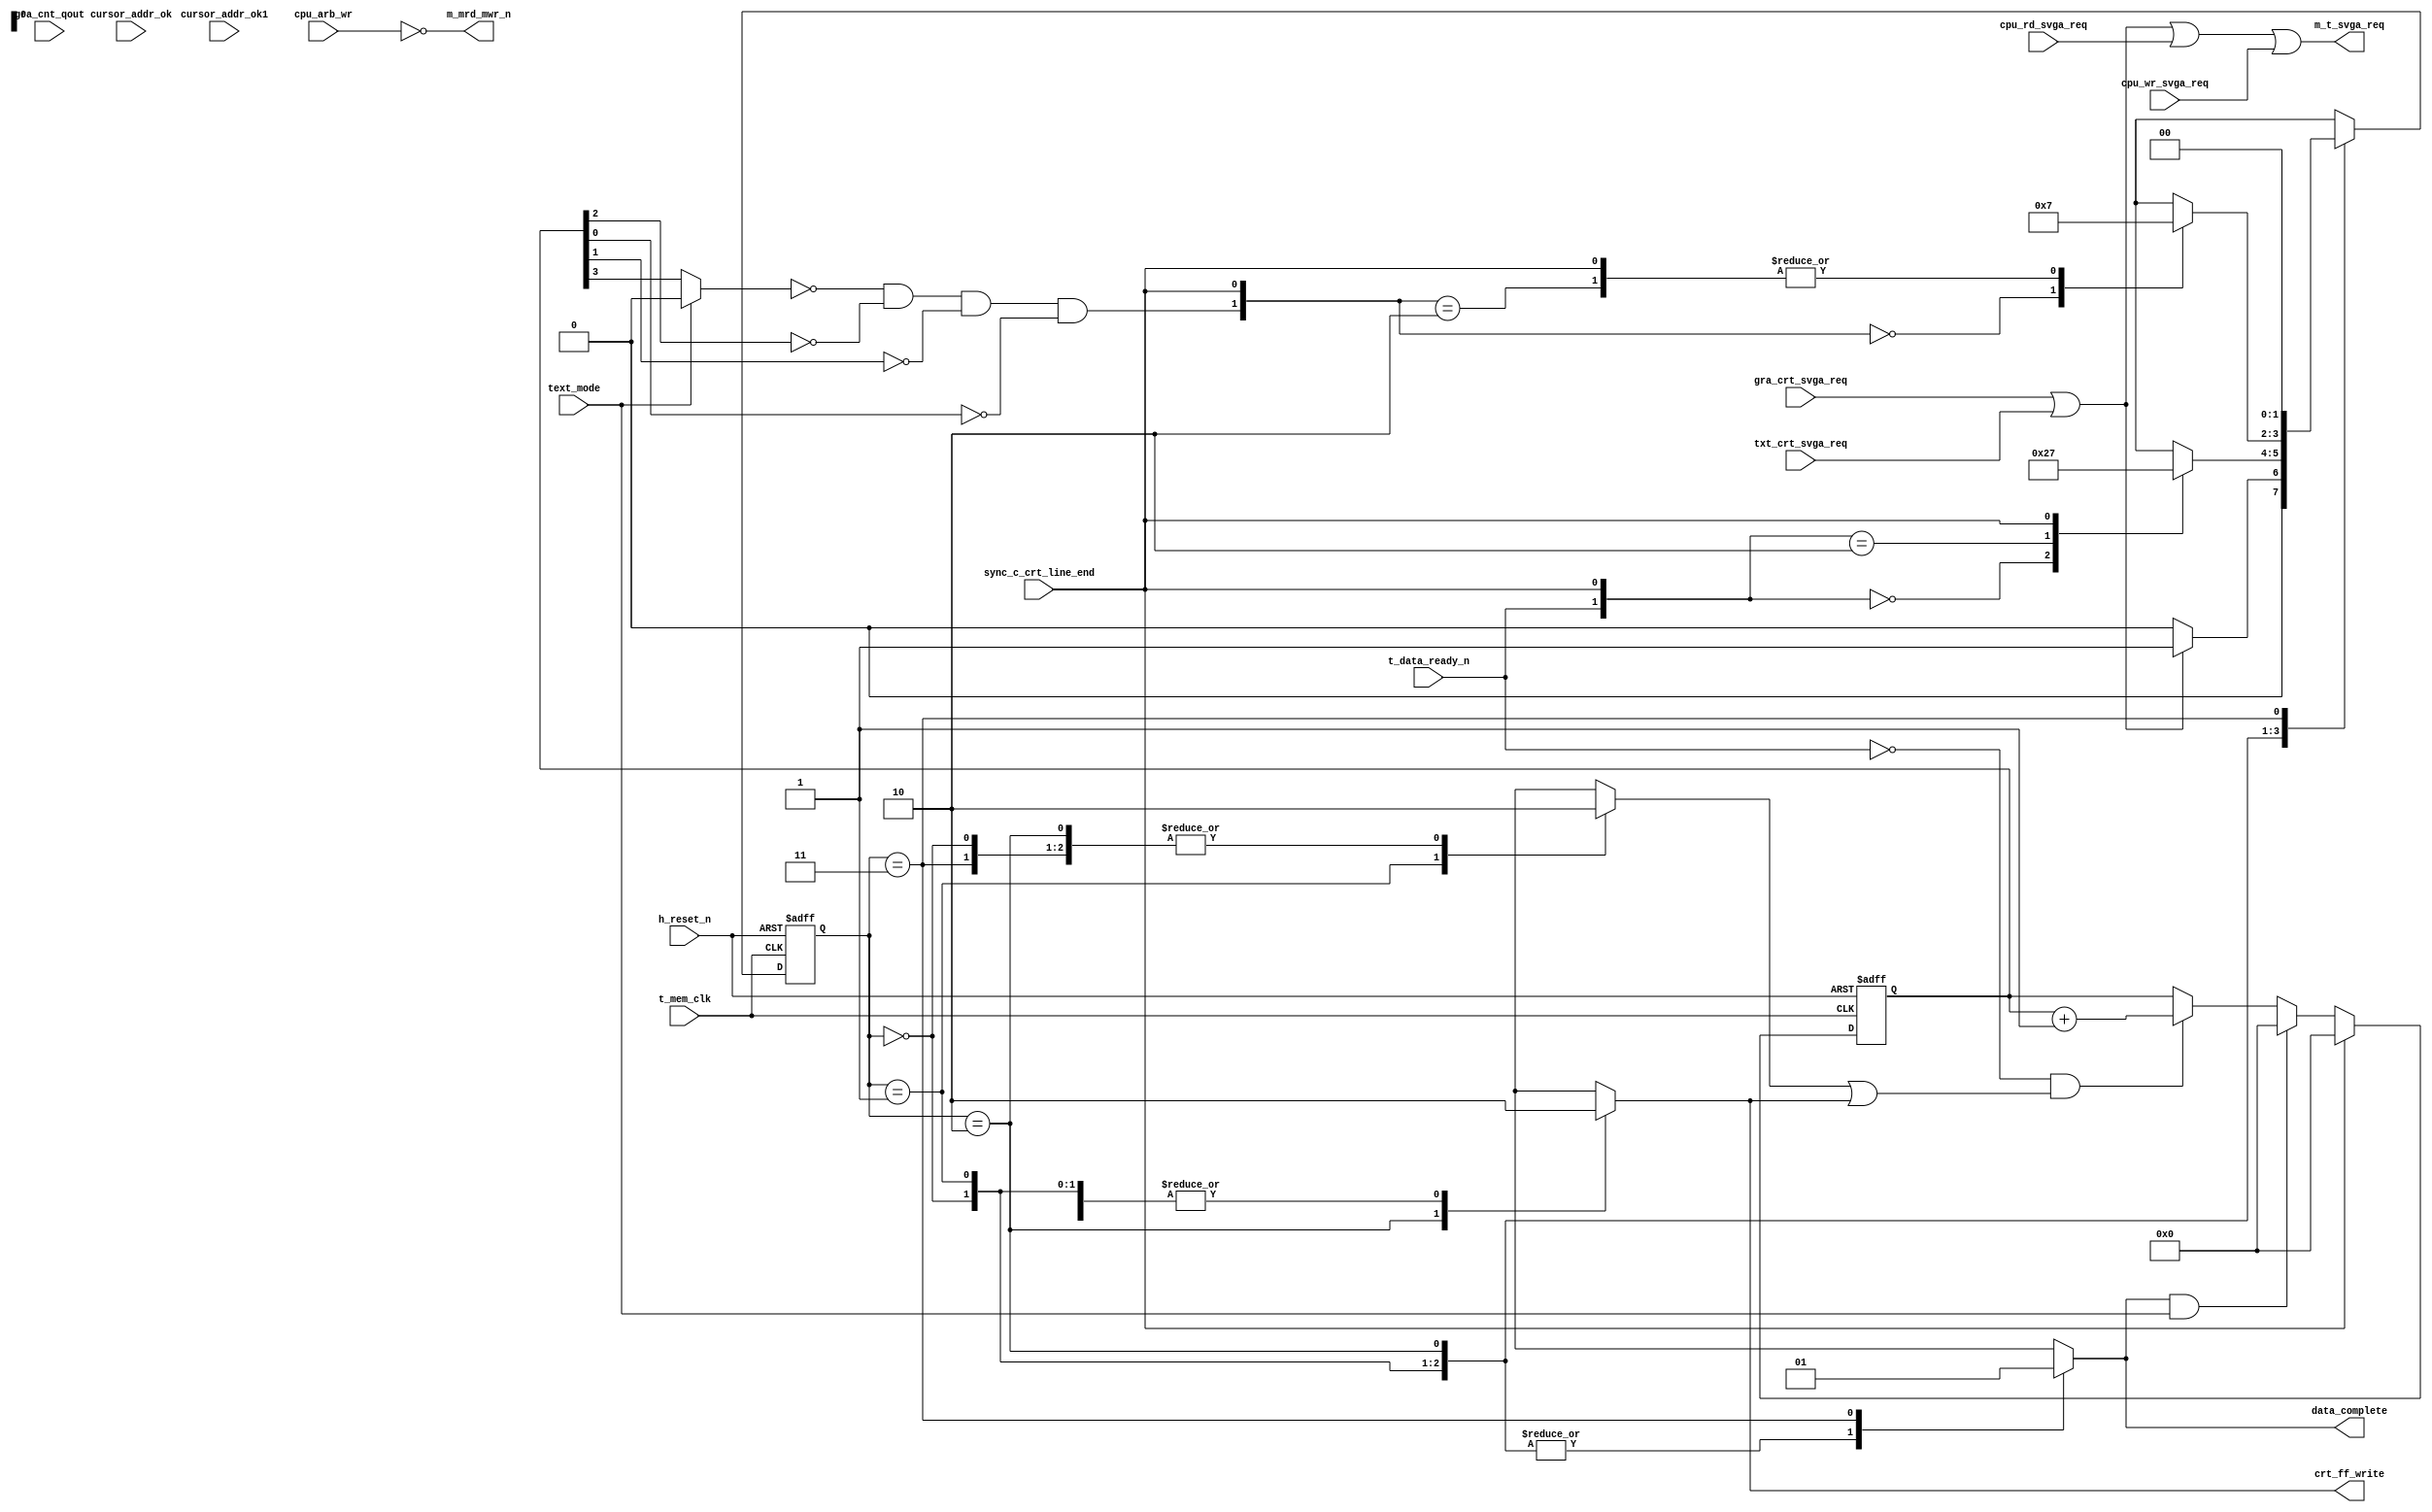
module sm_data_comp 
    (
     input         sync_c_crt_line_end,
     input         cpu_arb_wr,
     input         t_data_ready_n,
     input         h_reset_n,   
     input         t_mem_clk,
     input         gra_crt_svga_req,
     input         txt_crt_svga_req,
     input         cpu_rd_svga_req,
     input         cpu_wr_svga_req,
     input         text_mode,
     input         cursor_addr_ok,
     input         cursor_addr_ok1,
     input [3:0]   gra_cnt_qout,
  
     output reg    data_complete,
     output reg    crt_ff_write,
     output        m_t_svga_req,
     output        m_mrd_mwr_n
     );
  
  //
  //       Define Variables
  //
  
  reg [1:0]     current_state;
  reg [1:0]     next_state;
  reg [3:0]     dardy_cnt_qout;
  reg           dardy_s1;
  
  wire          mux3_out; 
  wire          dardy_cnt_0;
  wire          dardy_cnt_inc;
  wire          int_svga_req;
  wire [3:0]    tx_gr_muxout;
  wire          cursor_reset;
  wire          cur_addr_rst_n;
  wire          int_crt_ff_write;

  assign        int_svga_req = gra_crt_svga_req | txt_crt_svga_req;
  
  assign        m_t_svga_req = (int_svga_req |
				cpu_rd_svga_req | cpu_wr_svga_req);
  
  assign        m_mrd_mwr_n = ~cpu_arb_wr;
  
  assign        mux3_out = text_mode ? 1'b0 : dardy_cnt_qout[3];
  
  assign        dardy_cnt_0 = ((~mux3_out) & (~dardy_cnt_qout[2]) & 
			       (~dardy_cnt_qout[1]) & (~dardy_cnt_qout[0]));
  
  //
  //  	    Define state machine states
  //
  
  parameter     dardy_crt_state0  = 2'b00,
                dardy_crt_state1  = 2'b01,
	        dardy_crt_state2  = 2'b10,
	        dardy_crt_state3  = 2'b11;
  
  always @ (posedge t_mem_clk or negedge h_reset_n) begin
    if (~h_reset_n) current_state <= dardy_crt_state0;
    else            current_state <= next_state;
  end
  
  always @* begin
    dardy_s1      = 1'b0;
    data_complete = 1'b0;
    crt_ff_write  = 1'b0;
      
    case (current_state) // synopsys parallel_case full_case
  	
      dardy_crt_state0: begin
        if (int_svga_req) next_state = dardy_crt_state1;
	else              next_state = dardy_crt_state0;
      end
	
      dardy_crt_state1: begin
	dardy_s1 = 1'b1;
	casex ({t_data_ready_n, sync_c_crt_line_end})
	  2'b00: next_state = dardy_crt_state2;
	  2'b10: next_state = dardy_crt_state1;
	  2'bx1: next_state = dardy_crt_state3;
	endcase // case({t_data_ready_n, sync_c_crt_line_end})
      end
      
      dardy_crt_state2: begin
	crt_ff_write = 1'b1;
	casex ({dardy_cnt_0, sync_c_crt_line_end})
	  2'b00: next_state = dardy_crt_state1;
	  2'b10: next_state = dardy_crt_state3;
	  2'bx1: next_state = dardy_crt_state3;
	endcase
      end
        
      dardy_crt_state3: begin
	data_complete = 1'b1;
        next_state = dardy_crt_state0;
      end
      
    endcase
  end  			
  
  assign dardy_cnt_inc = ~t_data_ready_n &  (dardy_s1 | crt_ff_write);
  
  always @ (posedge t_mem_clk or negedge h_reset_n) begin
    if (~h_reset_n)                      dardy_cnt_qout <= 4'b0;
    else if (sync_c_crt_line_end)        dardy_cnt_qout <= 4'b0;
    else if (data_complete & text_mode)  dardy_cnt_qout <= 4'b0;
    else if (dardy_cnt_inc)              dardy_cnt_qout <= dardy_cnt_qout + 1;
  end

endmodule